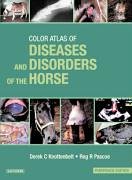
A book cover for Diseases and Disorders of the Horse - Paperback Version, 1e; Derek C. Knottenbelt OBE  BVM&S  DVM&S  Dip ECEIM  MRCVS; Medical Books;